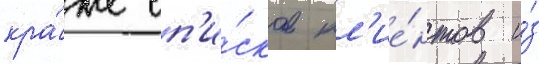
кра́же сп'и́сков кл'ие́нтов и́з